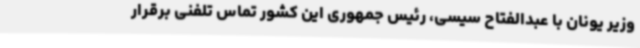
وزیر یونان با عبدالفتاح سیسی، رئیس جمهوری این کشور تماس تلفنی برقرار